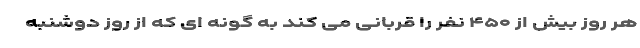
هر روز بیش از ۴۵۰ نفر را قربانی می کند به گونه ای که از روز دوشنبه